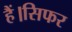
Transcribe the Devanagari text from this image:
हैं।सिफर